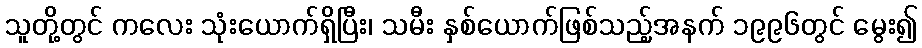
သူတို့တွင် ကလေး သုံးယောက်ရှိပြီး၊ သမီး နှစ်ယောက်ဖြစ်သည့်အနက် ၁၉၉၆တွင် မွေး၍